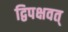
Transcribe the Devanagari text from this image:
द्विपक्षवत्‌